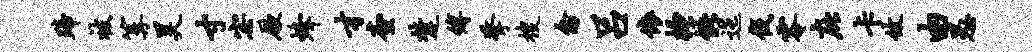
蹄被篝昊寸宓厥蜂才查楚缚擎搜禽吕依搔能迤伐零庇卡攸由愚